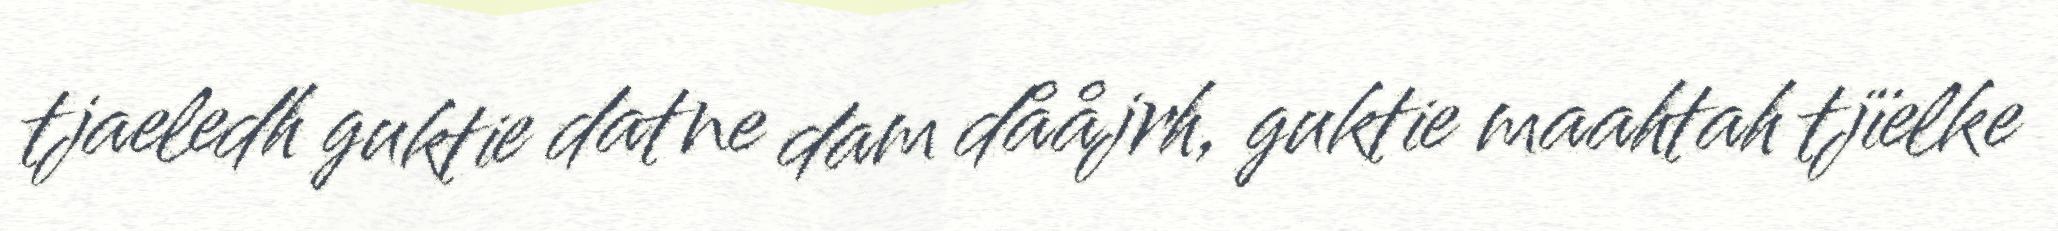
tjaeledh guktie datne dam dååjrh, guktie maahtah tjïelke